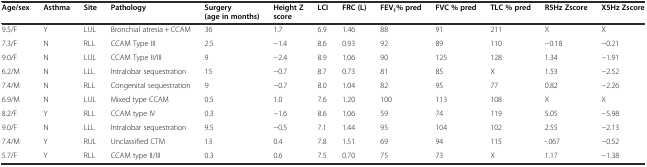
<table><thead><tr><td><b>Age/sex</b></td><td><b>Asthma</b></td><td><b>Site</b></td><td><b>Pathology</b></td><td><b>Surgery (age in months)</b></td><td><b>Height Z score</b></td><td><b>LCI</b></td><td><b>FRC (L)</b></td><td><b>FEV<sub>1</sub>% pred</b></td><td><b>FVC % pred</b></td><td><b>TLC % pred</b></td><td><b>R5Hz Zscore</b></td><td><b>X5Hz Zscore</b></td></tr></thead><tbody><tr><td>9.5/F</td><td>Y</td><td>LUL</td><td>Bronchial atresia + CCAM</td><td>36</td><td>1.7</td><td>6.9</td><td>1.46</td><td>88</td><td>91</td><td>211</td><td>X</td><td>X</td></tr><tr><td>7.3/F</td><td>N</td><td>RLL</td><td>CCAM Type III</td><td>2.5</td><td>−1.4</td><td>8.6</td><td>0.93</td><td>92</td><td>89</td><td>110</td><td>−0.18</td><td>−0.21</td></tr><tr><td>9.0/F</td><td>N</td><td>LUL</td><td>CCAM Type II/III</td><td>9</td><td>−2.4</td><td>8.9</td><td>1.06</td><td>90</td><td>125</td><td>128</td><td>1.34</td><td>−1.91</td></tr><tr><td>6.2/M</td><td>N</td><td>LLL</td><td>Intralobar sequestration</td><td>15</td><td>−0.7</td><td>8.7</td><td>0.73</td><td>81</td><td>85</td><td>X</td><td>1.53</td><td>−2.52</td></tr><tr><td>7.4/M</td><td>N</td><td>RLL</td><td>Congenital sequestration</td><td>9</td><td>−0.7</td><td>8.0</td><td>1.04</td><td>82</td><td>95</td><td>77</td><td>0.82</td><td>−2.26</td></tr><tr><td>6.9/M</td><td>N</td><td>LUL</td><td>Mixed type CCAM</td><td>0.5</td><td>1.0</td><td>7.6</td><td>1.20</td><td>100</td><td>113</td><td>108</td><td>X</td><td>X</td></tr><tr><td>8.2/F</td><td>Y</td><td>RLL</td><td>CCAM type IV</td><td>0.3</td><td>−1.6</td><td>8.6</td><td>1.06</td><td>59</td><td>74</td><td>119</td><td>5.05</td><td>−5.98</td></tr><tr><td>9.0/F</td><td>N</td><td>LLL</td><td>Intralobar sequestration</td><td>9.5</td><td>−0.5</td><td>7.1</td><td>1.44</td><td>95</td><td>104</td><td>102</td><td>2.55</td><td>−2.13</td></tr><tr><td>7.4/M</td><td>Y</td><td>RUL</td><td>Unclassified CTM</td><td>13</td><td>0.4</td><td>7.8</td><td>1.51</td><td>69</td><td>94</td><td>115</td><td>-.067</td><td>−0.52</td></tr><tr><td>5.7/F</td><td>Y</td><td>RLL</td><td>CCAM type II/III</td><td>0.3</td><td>0.6</td><td>7.5</td><td>0.70</td><td>75</td><td>73</td><td>X</td><td>1.17</td><td>−1.38</td></tr></tbody></table>